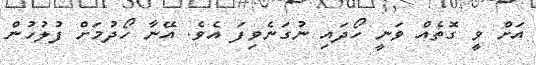
އަށް ވީ ގޮތެއް ވަނީ ހޯދައި ނުގަނެވިފަ އެވެ. އޭނާ ހޯދުމަށް ފުލުހުން